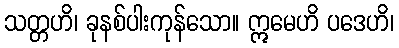
သတ္တဟိ၊ ခုနစ်ပါးကုန်သော။ ဣမေဟိ ပဒေဟိ၊